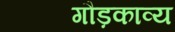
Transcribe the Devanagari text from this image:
गौड़काव्य